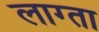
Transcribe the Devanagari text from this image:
लाग्ता